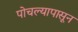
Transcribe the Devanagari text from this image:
पोचल्यापासून